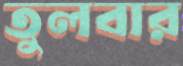
তুলবার